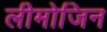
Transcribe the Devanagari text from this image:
लीमोजिन